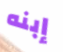
إبنه